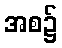
အစ၌